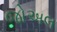
જોઅલ